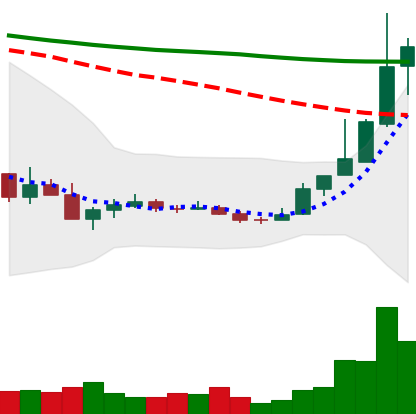
Ticker: TRX-USD
Chart end date: 2018-12-22
Forward return: -11.819%
Label: down_7plus